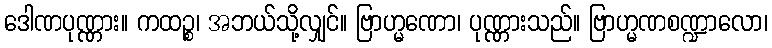
ဒေါဏပုဏ္ဏား။ ကထဉ္စ၊ အဘယ်သို့လျှင်။ ဗြာဟ္မဏော၊ ပုဏ္ဏားသည်။ ဗြာဟ္မဏစဏ္ဍာလော၊